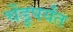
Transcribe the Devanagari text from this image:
चेंडुपर्यंत